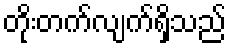
တိုးတက်လျက်ရှိသည်